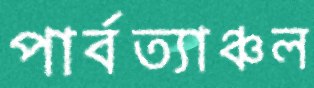
পার্বত্যাঞ্চল